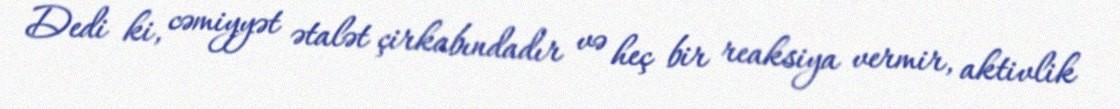
Dedi ki, cəmiyyət ətalət çirkabındadır və heç bir reaksiya vermir, aktivlik